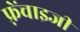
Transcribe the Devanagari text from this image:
फ़्रेंचाइजी